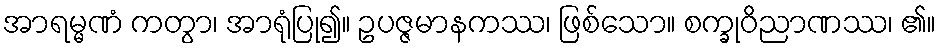
အာရမ္မဏံ ကတွာ၊ အာရုံပြု၍။ ဥပဇ္ဇမာနကဿ၊ ဖြစ်သော။ စက္ခုဝိညာဏဿ၊ ၏။